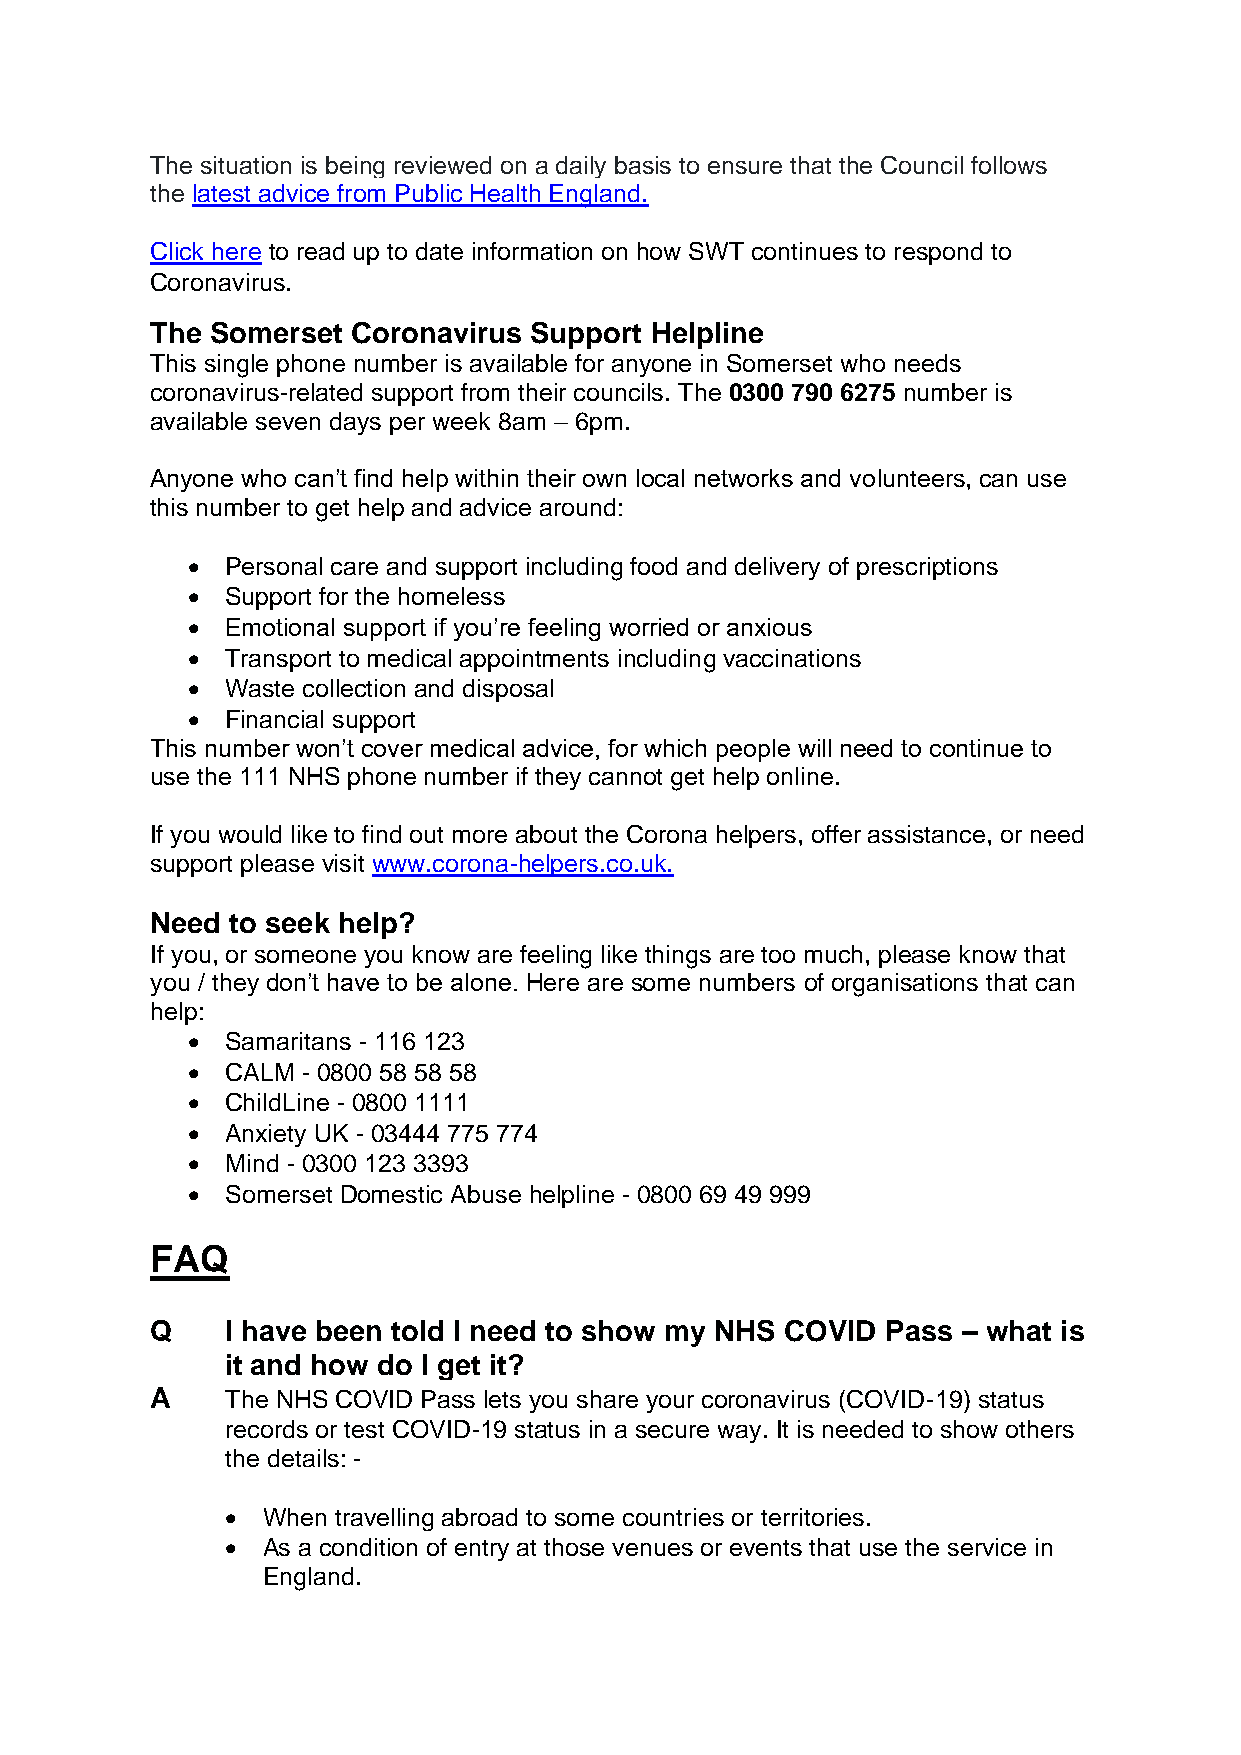
The situation is being reviewed on a daily basis to ensure that the Council follows
 the latest advice from Public Health England.
 Click here to read up to date information on how SWT continues to respond to
 Coronavirus.
 The Somerset Coronavirus Support Helpline
 This single phone number is available for anyone in Somerset who needs
 coronavirus-related support from their councils. The 0300 790 6275 number is
 available seven days per week 8am – 6pm.
 Anyone who can’t find help within their own local networks and volunteers, can use
 this number to get help and advice around:
 •  Personal care and support including food and delivery of prescriptions
 •  Support for the homeless
 •  Emotional support if you’re feeling worried or anxious
 •  Transport to medical appointments including vaccinations
 •  Waste collection and disposal
 •  Financial support
 This number won’t cover medical advice, for which people will need to continue to
 use the 111 NHS phone number if they cannot get help online.
 If you would like to find out more about the Corona helpers, offer assistance, or need
 support please visit www.corona-helpers.co.uk.
 Need to seek help?
 If you, or someone you know are feeling like things are too much, please know that
 you / they don’t have to be alone. Here are some numbers of organisations that can
 help:
 •  Samaritans - 116 123
 •  CALM - 0800 58 58 58
 •  ChildLine - 0800 1111
 •  Anxiety UK - 03444 775 774
 •  Mind - 0300 123 3393
 •  Somerset Domestic Abuse helpline - 0800 69 49 999
 FAQ
 Q    I have been told I need to show my NHS COVID Pass – what is
 it and how do I get it?
 A    The NHS COVID Pass lets you share your coronavirus (COVID-19) status
 records or test COVID-19 status in a secure way. It is needed to show others
 the details: -
 • When travelling abroad to some countries or territories.
 • As a condition of entry at those venues or events that use the service in
 England.